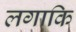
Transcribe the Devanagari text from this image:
लगाकि